Annual report on the working of the mental hospitals in the Madras Presidency - 1912-1932
Year: 1912
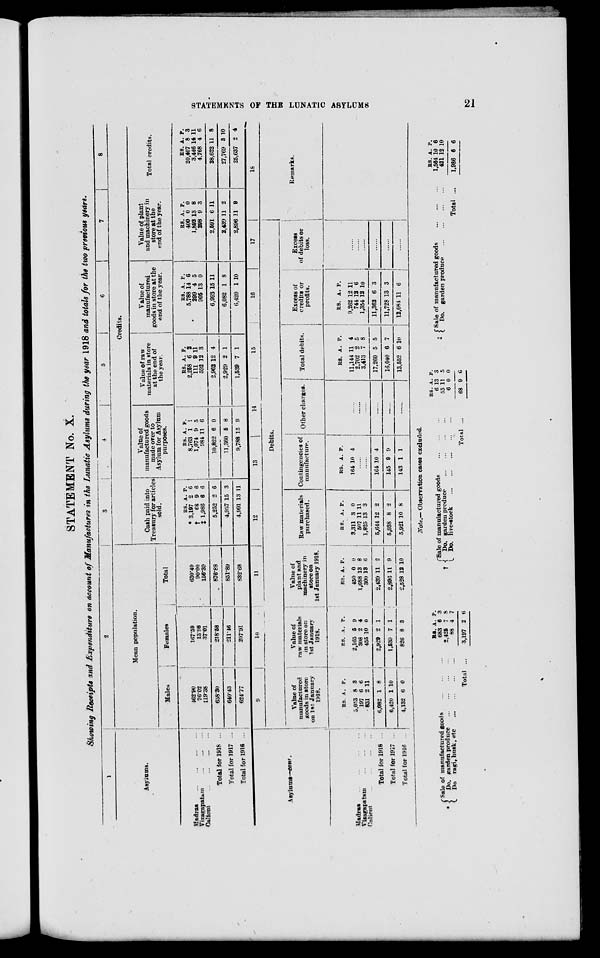
STATEMENTS OF THE LUNATIC ASYLUMS
21
STATEMENT No. X.
Showing Receipts and Expenditure on account of Manufactures in the Lunatic Asylums during the year 1918 and totals for the two previous years.
1
Asylums.
Madras ... ... ... ...
Vizagapatam ... ... ...
Calicut
...
...
...
...
Total for 1918 ...
Total for 1917
...
Total for 1916 ...
2
Mean population.
Males
462.90
76.02
119.38
658.30
640.43
624.77
Females
167.59
13.98
37.01
218.58
211.46
207.91
Total
630.49
90.00
156.39
876.88
851.89
832.68
3
4
5
6
7
8
Credits.
Cash paid into
Treasury for articles
sold.
RS.
*3,197
†68
‡1,986
5,252
4,957
4,991
A.
2
9
6
2
15
13
P.
6
6
6
6
3
11
Value of
manufactured goods
made over to
Asylum for Asylum
purposes.
RS.
8,763
1,074
984
10,822
11,360
9,788
A.
1
9
11
6
5
15
P.
1
5
6
0
8
9
Value of raw
materials in store
at the end of
the year.
RS.
2,258
111
592
2,962
2,929
1,539
A.
6
9
12
12
2
7
P.
2
11 3
4
1
1
Value of
manufactured
goods in store at the
end of the year.
RS.
5,788
299
905
6,993
6,082
6,420
A.
14
4
13
15
1
1
P.
6
5
0
11
8
10
Value of plant
and machinery in
store at the
end of the year.
RS.
400
1,892
298
2,591
2,439
2,896
A.
0
13
9
6
11
11
P.
0
8
3
11
2
9
Total credits.
RS.
20,407
3,446
4,768
28,622
27,769
25,637
A.
8
14
4
11
3
2
P.
3
11
6
8
10
4
Asylums—cont.
Madras ... ... ... ...
Vizagapatam ... ... ...
Calicut ... ... ... ...
Total for 1918 ...
Total for 1917 ...
Total for 1916 ...
9
10
11
12
13
14
15
16
17
Debits.
Value of
manufactured
goods in store
on 1st January
1918.
RS.
5,053
197
831
6,082
6,420
4,132
A.
8
6
2
1
1
6
P.
3
6
11
8
10
0
Value of
raw materials
in store on
1st January
1918.
RS.
2,165
308
455
2,929
1,539
826
A.
5
2
10
2
7
8
P.
9
4
0
1
1
3
Value of
plant and
machinery in
store on
1st January 1918.
RS.
450
1,688
300
2,439
2,896
2,528
A.
0
13
13
11
11
12
P.
0
8
6
2
9
10
Raw materials
purchased.
RS.
3,311
507
1,825
5,644
5,038
5,921
A.
3
11
13
12
8
10
P.
0
11
3
2
2
8
Contingencies of
manufacture.
RS.
164
A.
10
P.
4
......
......
164
145
143
10
9
1
4
9
1
Other charges.
......
......
......
......
......
......
Total debits.
RS.
11,144
2,702
3,413
17,260
16,040
13,552
A.
11
2
7
5
6
6
P.
4
5
8
5
7
10
Excess of
credits
of
profits.
RS.
9,262
744
1,354
11,362
11,728
12,084
A.
12
12
12
6
13
11
P.
11
6
10
3
3
6
Excess
of debits or
loss.
......
......
......
......
......
......
18
Remarks.
*
Sale of manufactured goods ... ... ...
Do. garden produce
...
...
...
...
„ Do ragi, husk, etc
...
...
...
...
Total ...
RS.
683
2,425
88
3,197
A.
6
7
4
2
P.
3
8
7
6
Note.— Observation oases excluded.
†
Sale of manufactured goods
...
...
...
Do. garden produce
...
...
...
...
Do. live-stock
...
...
...
...
...
Total ...
RS.
6
55
6
68
A.
13
11
0
9
P.
3
5
0
6
‡
Sale of manufactured goods ... ... ...
Do. garden produce ... ... ... ...
Total ...
RS.
1,564
421
1,986
A.
10
12
6
P.
6
10
6